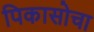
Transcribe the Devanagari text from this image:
पिकासोचा